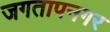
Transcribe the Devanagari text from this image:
जगतापनगर